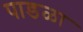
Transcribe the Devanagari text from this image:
पाडळा